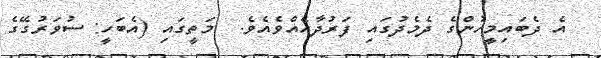
އެ ދެބައިމީހުންގެ ދެމެދުގައި ފަރުދާއެއްވެއެވެ.  މަތީގައި (އެބަހީ: ސުވަރުގޭގެ